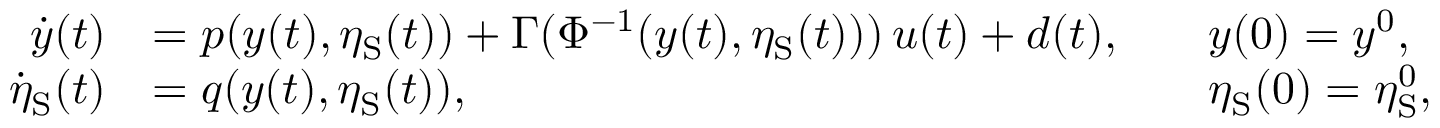
\begin{array} { r l r l } { \dot { y } ( t ) } & { = p ( y ( t ) , \eta _ { \mathrm { S } } ( t ) ) + \Gamma ( \Phi ^ { - 1 } ( y ( t ) , \eta _ { \mathrm { S } } ( t ) ) ) \, u ( t ) + d ( t ) , } & & { y ( 0 ) = y ^ { 0 } , } \\ { \dot { \eta } _ { \mathrm { S } } ( t ) } & { = q ( y ( t ) , \eta _ { \mathrm { S } } ( t ) ) , } & & { { \eta _ { \mathrm { S } } ( 0 ) = \eta _ { \mathrm { S } } ^ { 0 } , } } \end{array}